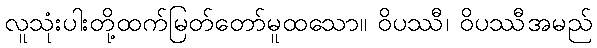
လူသုံးပါးတို့ထက်မြတ်တော်မူထသော။ ဝိပဿီ၊ ဝိပဿီအမည်